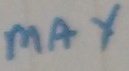
Text: max